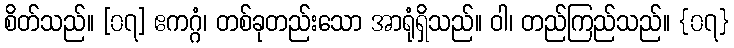
စိတ်သည်။ [၀၇] ဧကဂ္ဂံ၊ တစ်ခုတည်းသော အာရုံရှိသည်။ ဝါ၊ တည်ကြည်သည်။ {၀၇}